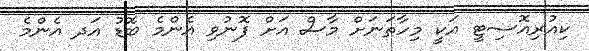
ކިއުރިއޮސިޓީ އަކީ މިހާތަނަށް މާސް އަށް ފޮނުވި އެންމެ ބޮޑު އަދ އެންމެ